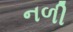
નળી